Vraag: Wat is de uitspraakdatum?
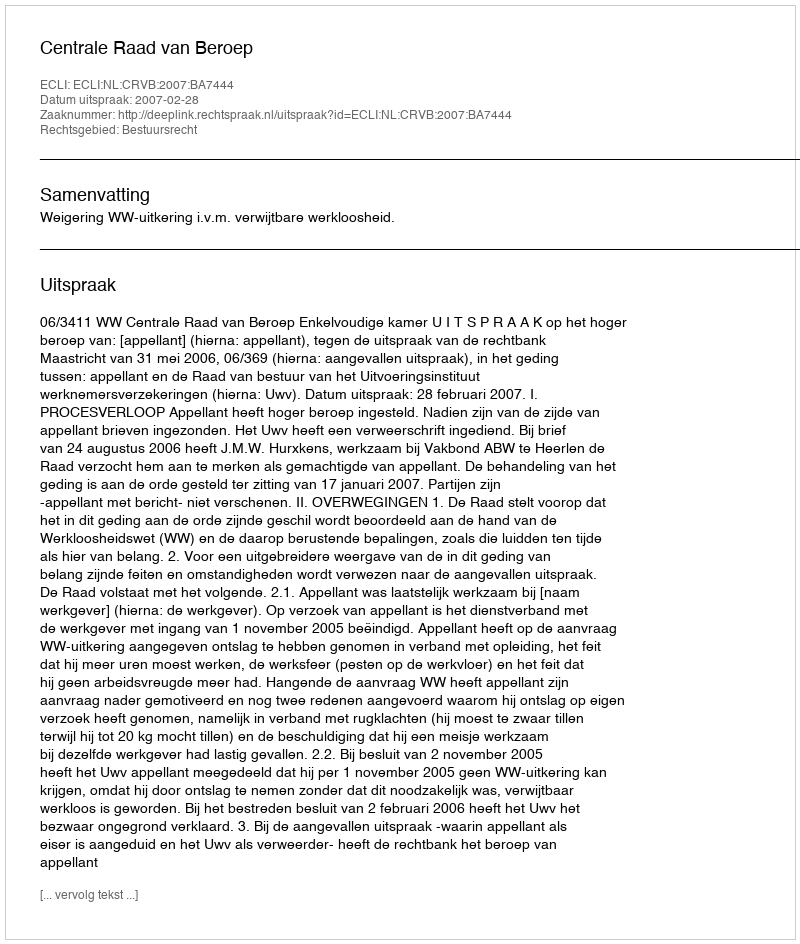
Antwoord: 2007-02-28